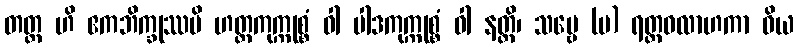
တတ္ထ ဟိ ဧကဘိက္ခုဿပိ ဟတ္ထကုက္ကုစ္စံ ဝါ ပါဒကုက္ကုစ္စံ ဝါ နတ္ထိ၊ သဗ္ဗေ (ပ) ရတ္တဝလာဟကာ ဝိယ